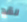
لقد